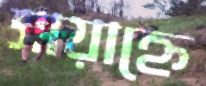
সায়াহ্নে